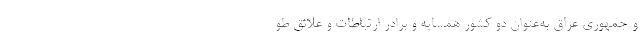
و جمهوری عراق به‌عنوان دو کشور همسایه و برادر ارتباطات و علائق طو